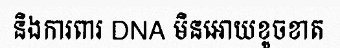
និងការពារ DNA មិនអោយខូចខាត